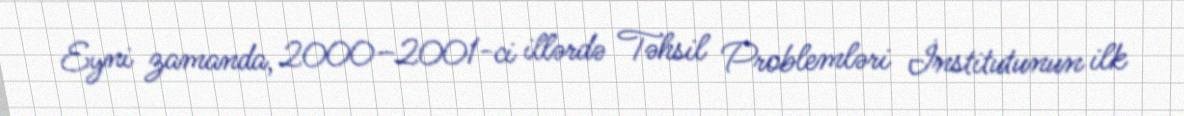
Eyni zamanda, 2000–2001-ci illərdə Təhsil Problemləri İnstitutunun ilk